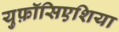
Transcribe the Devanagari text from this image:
युफ़ॉसिएशिया